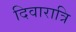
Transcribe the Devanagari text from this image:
दिवारात्रि